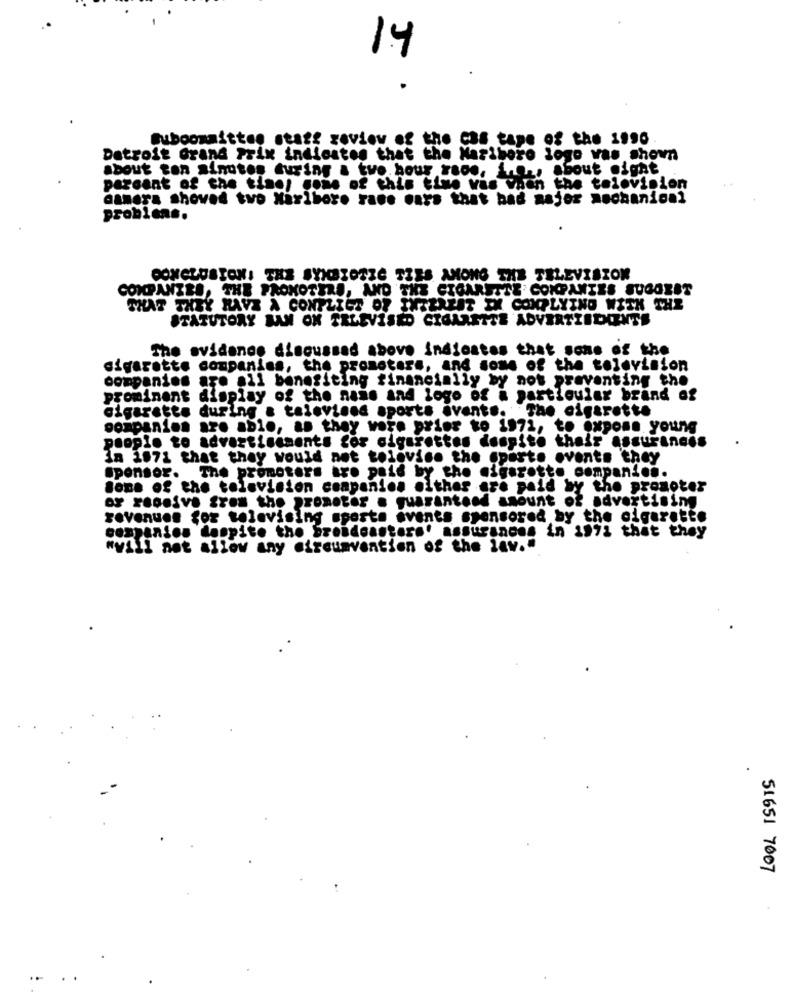
14
.
muboomnitten stass zoview of the cas tape of the 1996
Detroit Grand Prix indicates that the Marlboro logo vas shown
about ton sinutes during a tvo hour raoo. i ..., about might
pazcant of the time; gone of this time was when the television
camera shoved tvo Niriboro raee mars that bad major mechanical
problen ..
CONCLUSIONI THE SYMBIOTZE TZES AMONG THE TELEVISION
COMPANIES, THE PROMOTERS, AND THE CIGARETTE COMPANIES SUGGEST
THAT THEY HAVE A CONFLICT OF INTEREST EX COMPLYTNO WITH THE
STATUTORY BAN ON TELEVISED CIGARETTE ADVERTZEDIENTS
The evidence discussed above indicates that some of the
sigarette companies, the promoters, and some of the television
companies are all benefiting financially by not preventing the
prominent display of the naše and logo of a particular brand of
cigarette during a talevinna sports events. The cigarette
companion are able, as they were prior to 1972, to expose young
people to advertisements for cigarettes despite their assurances
In 1871 that they would not tolovise the aperte events they
Sponsor. The promoters are paid by the cigarette compan ....
Some of the television companies either are paid by the promoter
or receive from the promoter . quarantend amount of advertising
revenues for televising sports events sponsored by the cigarette
companion despite the Sreideastore' assurances in 1971 that they
wwill not allow any circumvention of the lav."
51651 7007